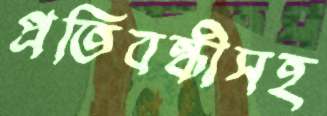
প্রতিবন্ধীসহ